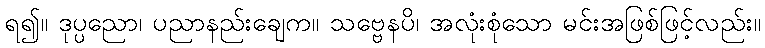
ရ၍။ ဒုပ္ပညော၊ ပညာနည်းချေက။ သဗ္ဗေနပိ၊ အလုံးစုံသော မင်းအဖြစ်ဖြင့်လည်း။